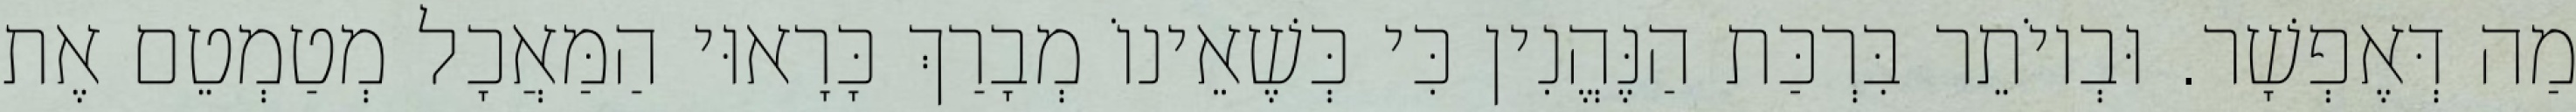
מַה דְּאֶפְשָׁר. וּבְיוֹתֵר בִּרְכַּת הַנֶּהֱנִין כִּי כְּשֶׁאֵינוֹ מְבָרַךְ כָּרָאוּי הַמַּאֲכָל מְטַמְטֵם אֶת